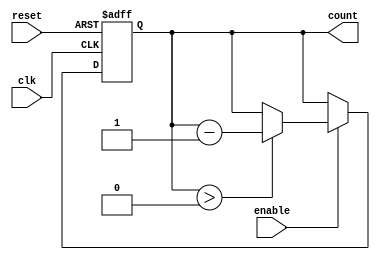
module MemoryBlocksDownCounter #(
    parameter N = 8 // Define the maximum count value (N)
)(
    input wire clk,       // Clock signal
    input wire reset,     // Asynchronous reset signal
    input wire enable,    // Enable signal for counting
    output reg [N-1:0] count // Current count value
);

    // Initial value for the counter
    initial begin
        count = N; // Initialize count to N
    end

    // Asynchronous reset and counting logic
    always @(posedge clk or posedge reset) begin
        if (reset) begin
            count <= N; // Reset count to N
        end else if (enable) begin
            if (count > 0) begin
                count <= count - 1; // Decrement count
            end
        end
    end

endmodule